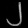
Digit: ၂